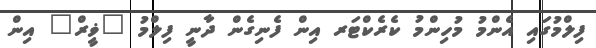
ފިލްމުގައި އެންމު މުހިންމު ކެރެކްޓަރ އިން ފެނިގެން ދާނީ ފިލްމު "ޥީރް" އިން